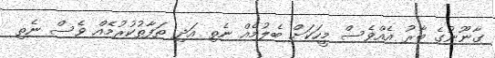
ގާނޫނުގެ ބާރު އެއްވެސް މީހަކަށް ބެލުމެއް ނެތި އަދި ތަފާތުކުރުމެއް ވެސް ނެތި